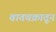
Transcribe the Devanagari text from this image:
वातचक्रातून